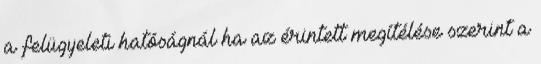
a felügyeleti hatóságnál ha az érintett megítélése szerint a